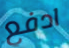
ادفع